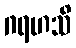
ဂရဟသိ